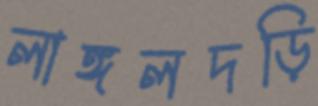
লাঙ্গলদড়ি